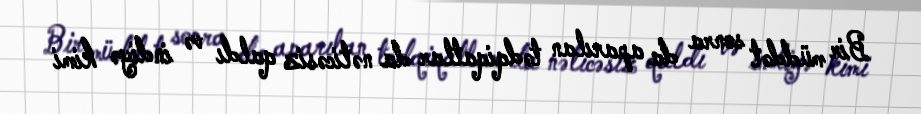
Bir müddət sonra da aparılan tədqiqatlar da nəticəsiz qaldı və indiyə kimi